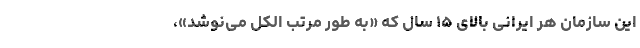
این سازمان هر ایرانی‌ بالای ۱۵ سال که «به‌ طور مرتب الکل می‌نوشد»،